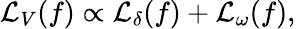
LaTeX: \begin{array}{r}{\mathcal{L}_{V}(f)\propto\mathcal{L}_{\delta}(f)+\mathcal{L}_{\omega}(f),}\end{array}